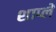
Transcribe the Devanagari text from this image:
शाप्लें